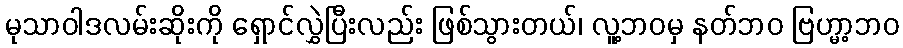
မုသာဝါဒလမ်းဆိုးကို ရှောင်လွှဲပြီးလည်း ဖြစ်သွားတယ်၊ လူ့ဘဝမှ နတ်ဘဝ ဗြဟ္မာ့ဘဝ